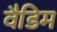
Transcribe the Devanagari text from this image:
वैडिम